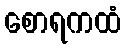
စောရကထံ